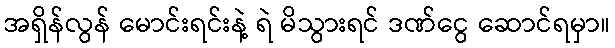
အရှိန်လွန် မောင်းရင်းနဲ့ ရဲ မိသွားရင် ဒဏ်ငွေ ဆောင်ရမှာ။